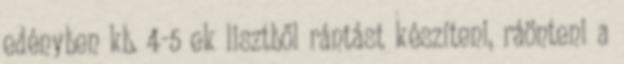
edényben kb. 4-5 ek lisztből rántást készíteni, ráönteni a